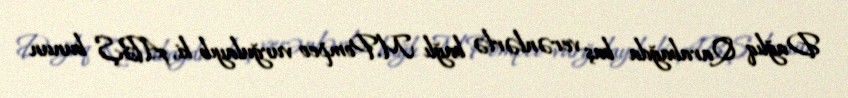
Dağlıq Qarabağda baş verənlərlə bağlı M.Pompeo vurğulayıb ki, ABŞ bunun